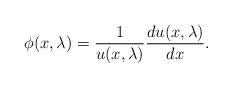
LaTeX: \begin{align*} \phi(x, \lambda)=\frac{1}{u(x,\lambda)}\frac{d u(x,\lambda)}{dx} .\end{align*}